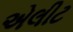
એલીટ